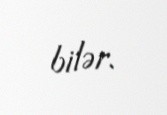
bilər.